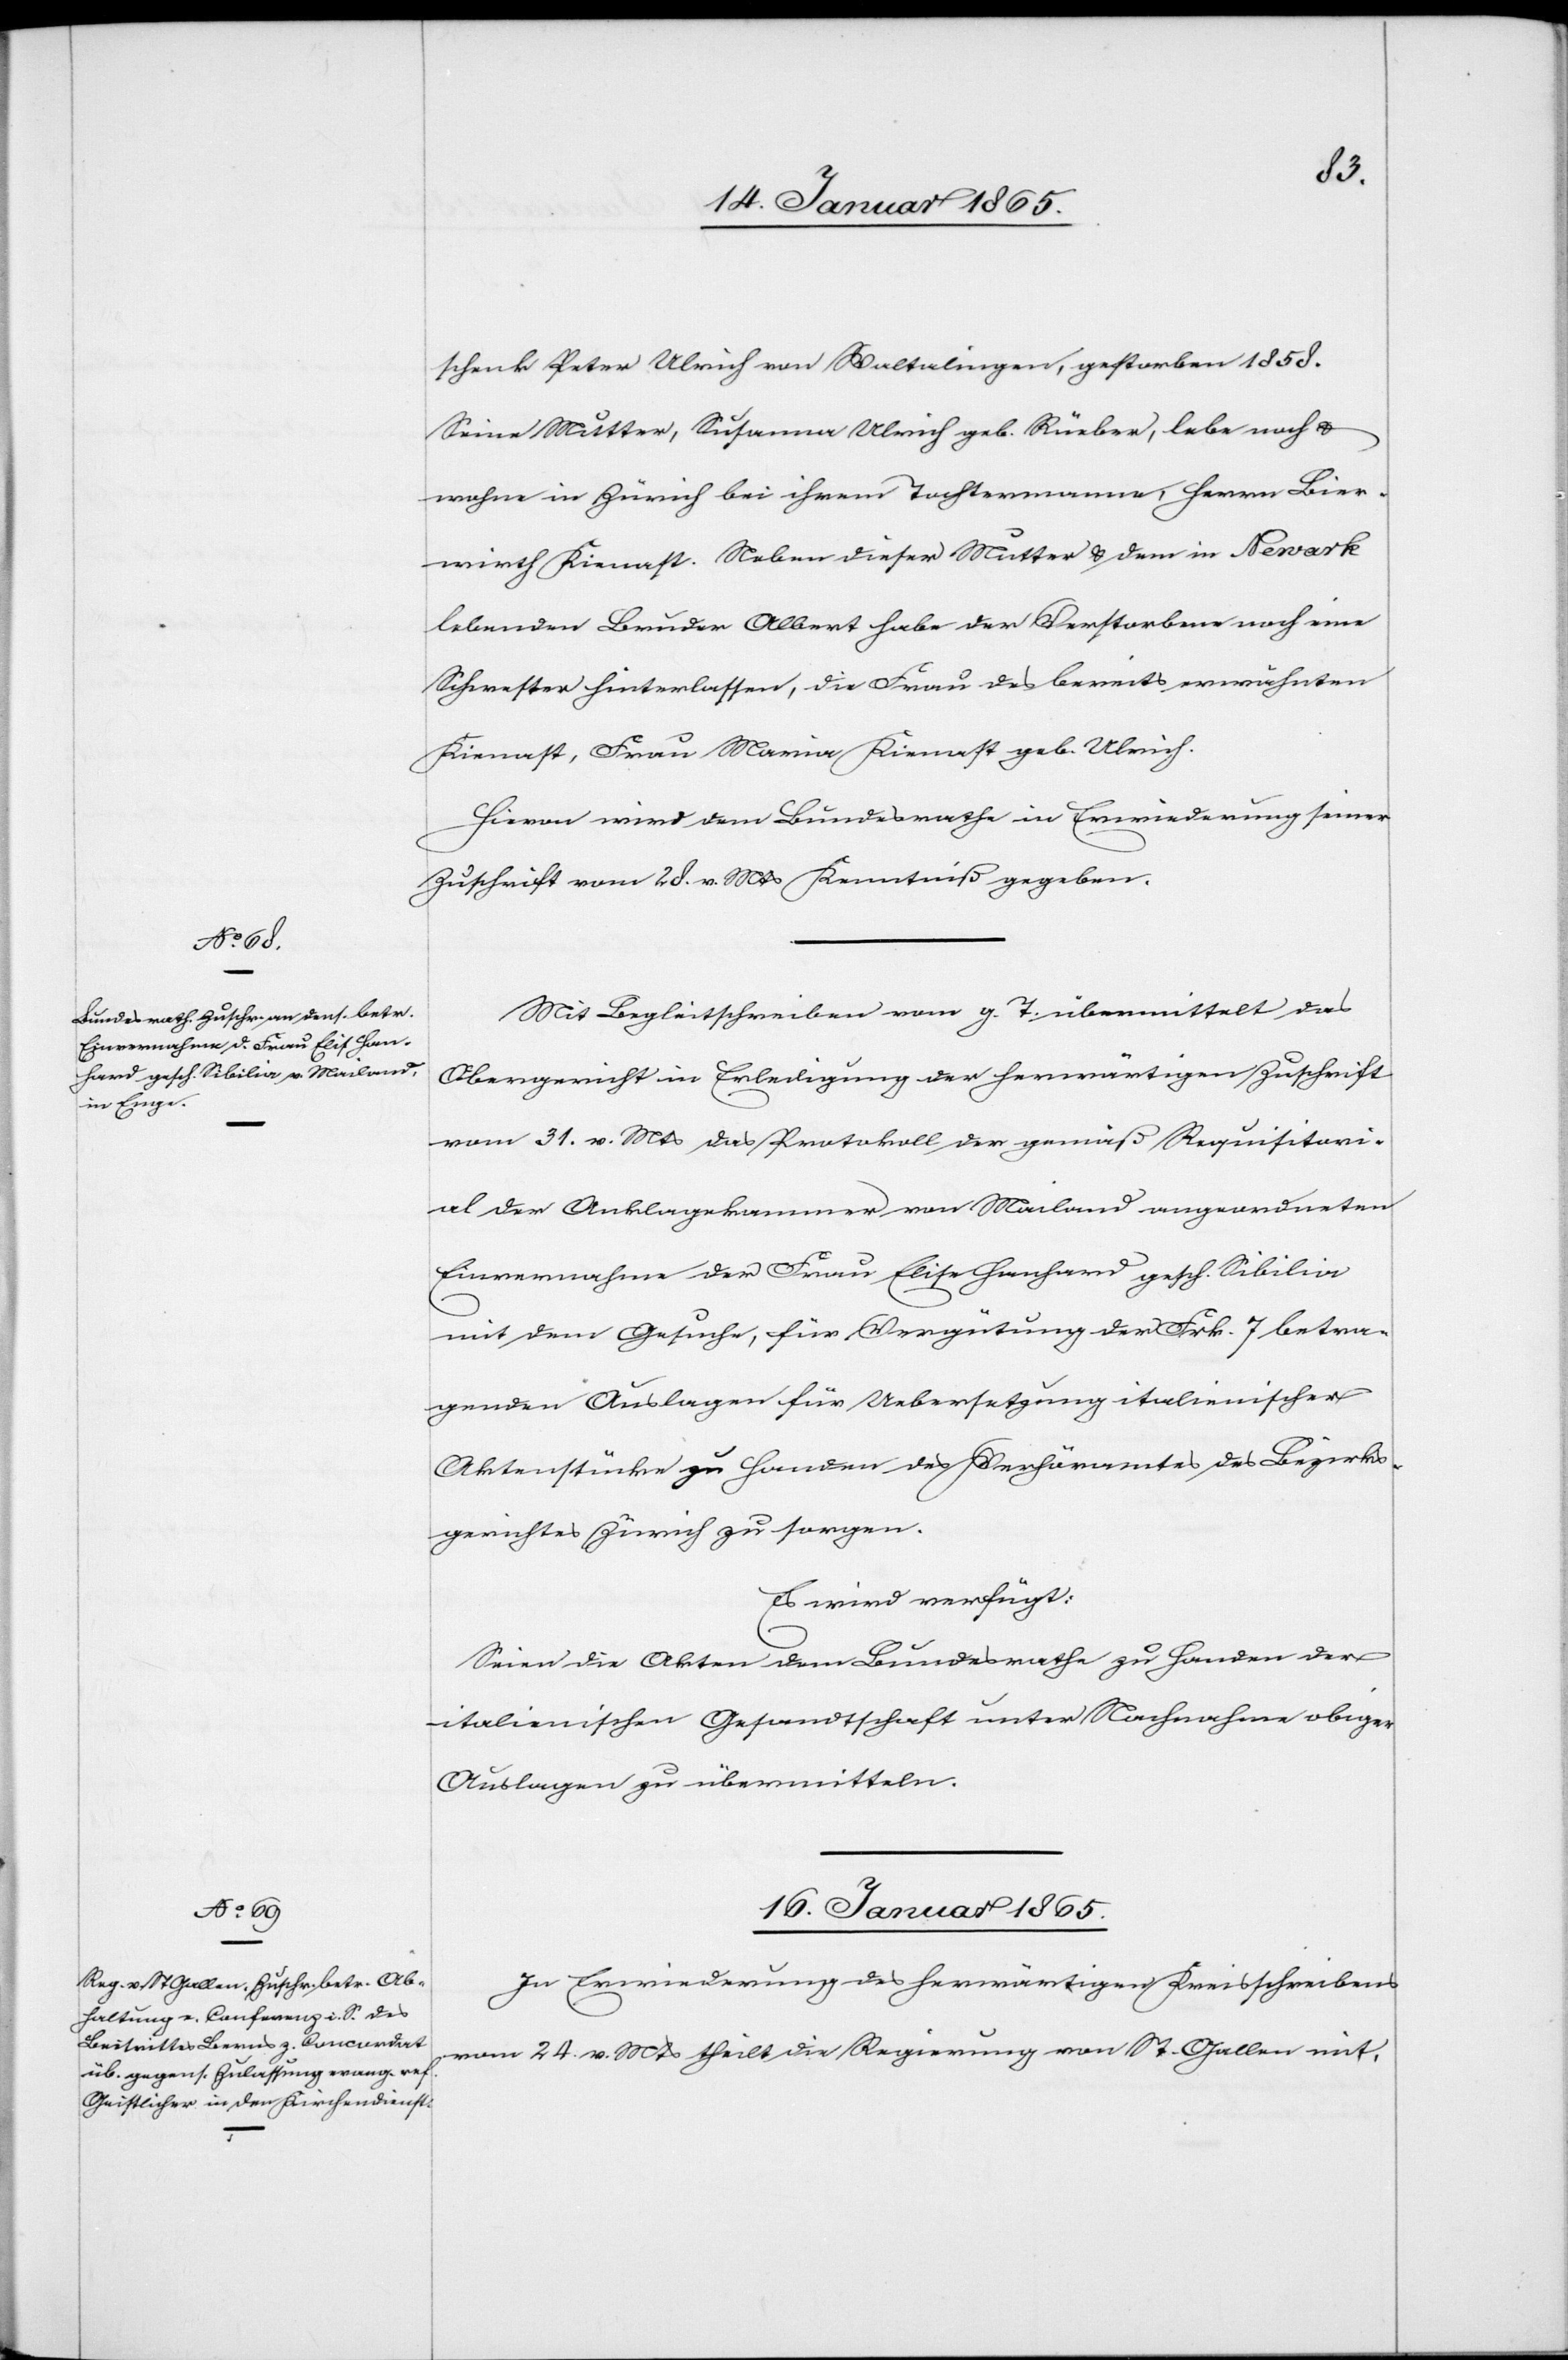
14. Januar 1865.]
schenk Peter Ulrich von Waltalingen, gestorben 1858.
Seine Mutter, Susanna Ulrich geb. Rüeber, lebe noch u.
wohne in Zürich bei ihrem Tochtermanne, Herrn Bier¬
wirth Kienast. Neben dieser Mutter u. dem in Newark
lebenden Bruder Albert habe der Verstorbene noch eine
Schwester hinterlassen, die Frau des bereits erwähnten
Kienast, Frau Maria Kienast geb. Ulrich.
Hievon wird dem Bundesrathe in Erwiederung seiner
Zuschrift vom 28. v. Mts Kenntniß gegeben.
Mit Begleitschreiben vom g. T. übermittelt das
Obergericht in Erledigung der herwärtigen Zuschrift
vom 31. v. Mts das Protokoll der gemäß Requisitori¬
al Anklagekammer von Mailand angeordneten
Einvernahme der Frau Elise Hanhard gesch. Sibilia
mit dem Gesuche, für Vergütung der Frk. 7 betra¬
genden Auslagen für Uebersetzung italienischer
Aktenstücke zu Handen des Verhöramtes des Bezirks¬
gerichtes Zürich zu sorgen.
Es wird verfügt:
Seien die Akten dem Bundesrathe zu Handen der
italienischen Gesandtschaft unter Nachnahme obiger
Auslagen zu übermitteln.
16. Januar 1865.
In Erwiederung des herwärtigen Kreisschreibens
vom 24. v. Mts theilt die Regierung von St. Gallen mit